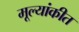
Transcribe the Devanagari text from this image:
मूल्यांकीत